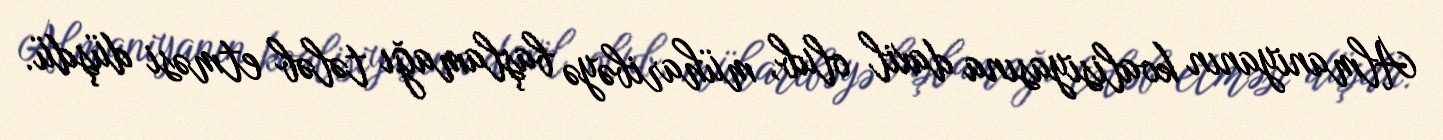
Almaniyanın koalisiyasına daxil olub, müharibəyə başlamağı tələb etməsi düşdü.